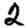
Digit: 2